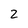
Character: 2